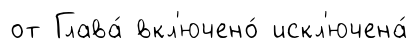
от Глава́ вкл'ючено́ искл'ючена́